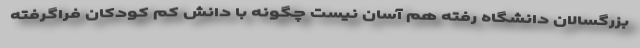
بزرگسالان دانشگاه رفته هم آسان نیست چگونه با دانش کم کودکان فراگرفته